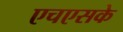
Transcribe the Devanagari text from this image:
एचएसके